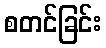
စတင်ခြင်း